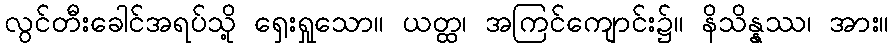
လွင်တီးခေါင်အရပ်သို့ ရှေးရှုသော။ ယတ္ထ၊ အကြင်ကျောင်း၌။ နိသိန္နဿ၊ အား။